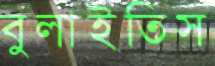
বুলাইতিস